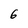
Character: 6